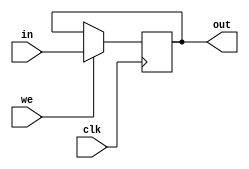
module in32(clk,in,out,we);
  input[31:0] in;
  output [31:0]out;
  //input [1:0]sel;
  input we,clk;
  reg [31:0] in32;
  initial
  begin
  #5 in32<=32'h00000000;
  # 5;
  end
  
  always@(posedge clk)
    if(we)
      in32<=in;
  assign out=in32;    
endmodule